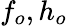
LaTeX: f_{o},h_{o}